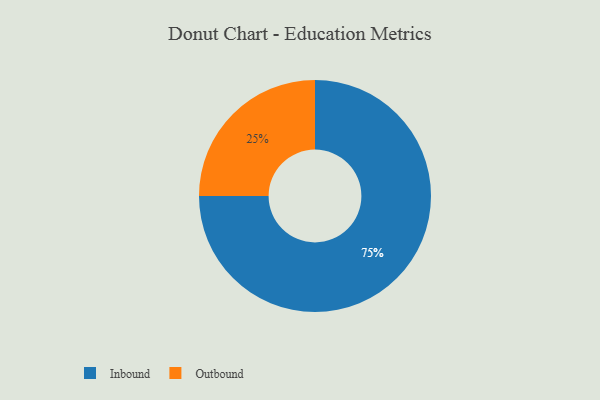
{"axis": {"x": "Category", "y": "Percentage"}, "legend": ["Inbound", "Outbound"], "data": [{"x": "Outbound", "y": 25, "type": "Outbound"}, {"x": "Inbound", "y": 75, "type": "Inbound"}]}